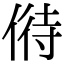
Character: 偫